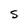
Character: S